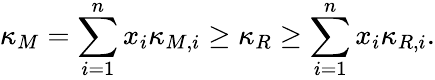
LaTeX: \kappa_{M}=\sum_{i=1}^{n}x_{i}\kappa_{M,i}\geq\kappa_{R}\geq\sum_{i=1}^{n}x_{i}\kappa_{R,i}.